Annual report of the Punjab Veterinary College and of the Civil Veterinary Department, Punjab - 1909-1919
Year: 1909
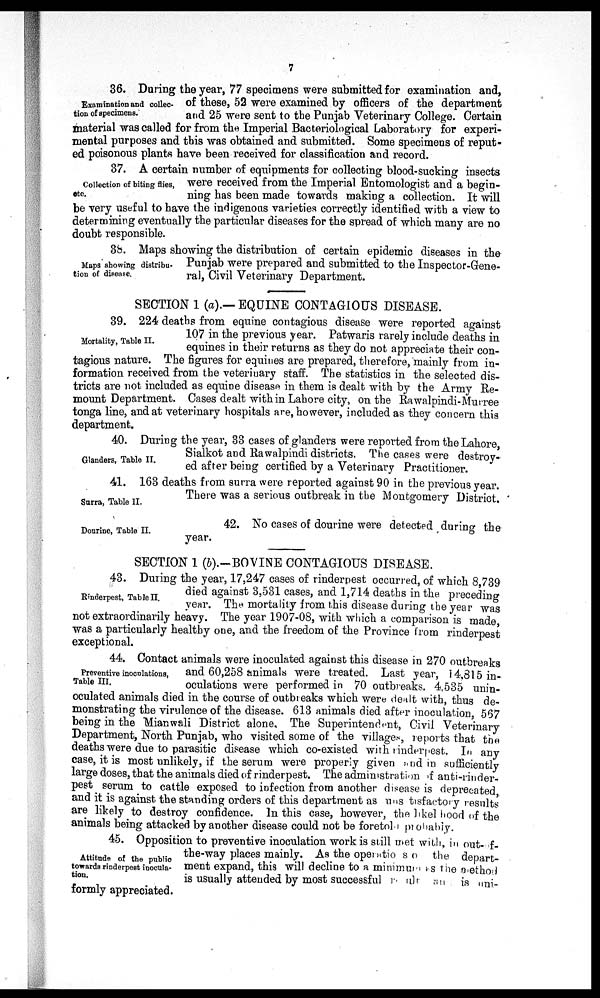
7
Examination and collec-
tion of specimens.
36. During the year, 77 specimens were submitted for examination and,
of these, 52 were examined by officers of the department
and 25 were sent to the Punjab Veterinary College. Certain
material was called for from the Imperial Bacteriological Laboratory for experi-
mental purposes and this was obtained and submitted. Some specimens of reput-
ed poisonous plants have been received for classification and record.
Collection of biting flies,
etc.
37. A certain number of equipments for collecting blood-sucking insects
were received from the Imperial Entomologist and a begin-
ning has been made towards making a collection. It will
be very useful to have the indigenous varieties correctly identified with a view to
determining eventually the particular diseases for the spread of which many are no
doubt responsible.
Maps showing distribu-
tion of disease.
38. Maps showing the distribution of certain epidemic diseases in the
Punjab were prepared and submitted to the Inspector-Gene-
ral, Civil Veterinary Department.
SECTION 1 (a).—EQUINE CONTAGIOUS DISEASE.
Mortality, Table II.
39. 224 deaths from equine contagious disease were reported against
107 in the previous year. Patwaris rarely include deaths in
equines in their returns as they do not appreciate their con-
tagious nature. The figures for equines are prepared, therefore, mainly from in-
formation received from the veterinary staff. The statistics in the selected dis-
tricts are not included as equine disease in them is dealt with by the Army Re-
mount Department. Cases dealt with in Lahore city, on the Rawalpindi-Murree
tonga line, and at veterinary hospitals are, however, included as they concern this
department.
Glanders, Table II.
40. During the year, 33 cases of glanders were reported from the Lahore,
Sialkot and Rawalpindi districts. The cases were destroy-
ed after being certified by a Veterinary Practitioner.
Surra, Table II.
41. 163 deaths from surra were reported against 90 in the previous year.
There was a serious outbreak in the Montgomery District.
Dourine, Table II.
42. No cases of dourine were detected during the
year.
SECTION 1 (b).-BOVINE CONTAGIOUS DISEASE.
Rinderpest, Table II.
43. During the year, 17,247 cases of rinderpest occurred, of which 8,739
died against 3,531 cases, and 1,714 deaths in the preceding
year. The mortality from this disease during the year was
not extraordinarily heavy. The year 1907-08, with which a comparison is made,
was a particularly healthy one, and the freedom of the Province from rinderpest
exceptional.
Preventive inoculations,
Table III.
44. Contact animals were inoculated against this disease in 270 outbreaks
and 60,258 animals were treated. Last year, 14,815 in-
oculations were performed in 70 outbreaks. 4,535 unin-
oculated animals died in the course of outbreaks which were dealt with, thus de-
monstrating the virulence of the disease. 613 animals died after inoculation 567
being in the Mianwali District alone. The Superintendent, Civil Veterinary
Department, North Punjab, who visited some of the villages, reports that the
deaths were due to parasitic disease which co-existed with rinderpest. In any
case, it is most unlikely, if the serum were properly given and in sufficiently
large doses, that the animals died of rinderpest. The administration of anti-rinder-
pest serum to cattle exposed to infection from another disease is deprecated
and it is against the standing orders of this department as has tisfactory results
are likely to destroy confidence. In this case, however, the likelyhood of the
animals being attacked by another disease could not be foretold probably.
Attitude of the public
towards rinderpest inocula-
tion.
45. Opposition to preventive inoculation work is still met with, in out- f-
the-way places mainly. As the operations of the depart-
ment expand, this will decline to a minimum is the method
is usually attended by most successful result an is uni-
formly appreciated.